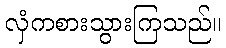
လှံကစားသွားကြသည်။